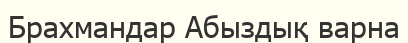
Брахмандар Абыздық варна